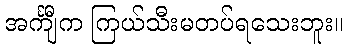
အင်္ကျီက ကြယ်သီးမတပ်ရသေးဘူး။